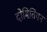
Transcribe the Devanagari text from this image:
दोमितियन